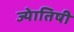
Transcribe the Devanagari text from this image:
ज्‍येातिषी